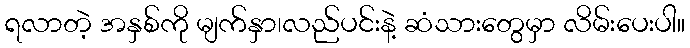
ရလာတဲ့ အနှစ်ကို မျက်နှာ၊လည်ပင်းနဲ့ ဆံသားတွေမှာ လိမ်းပေးပါ။